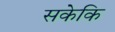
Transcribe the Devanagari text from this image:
सकेकि